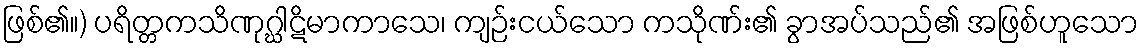
ဖြစ်၏။) ပရိတ္တကသိဏုဂ္ဃါဋိမာကာသေ၊ ကျဉ်းငယ်သော ကသိုဏ်း၏ ခွာအပ်သည်၏ အဖြစ်ဟူသော